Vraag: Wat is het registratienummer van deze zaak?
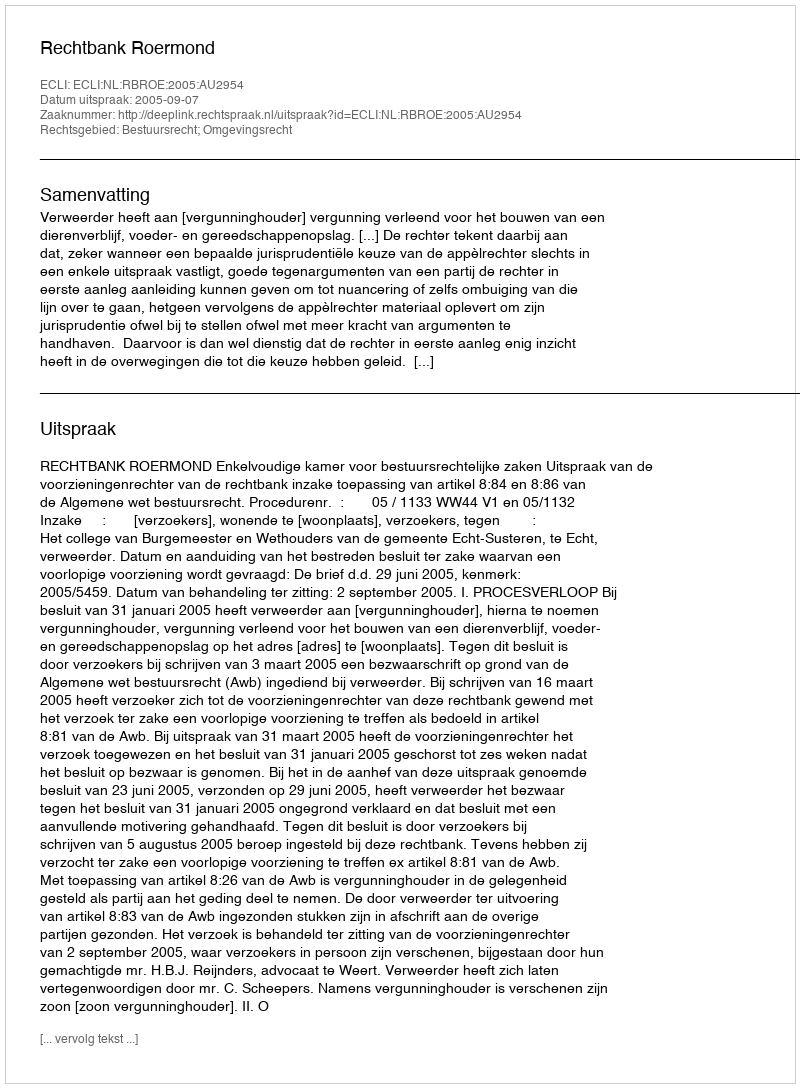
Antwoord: http://deeplink.rechtspraak.nl/uitspraak?id=ECLI:NL:RBROE:2005:AU2954